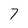
Character: 7